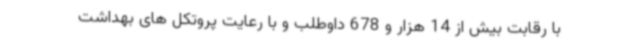
با رقابت بیش از 14 هزار و 678 داوطلب و با رعایت پروتکل های بهداشت